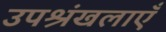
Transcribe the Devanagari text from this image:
उपश्रंखलाएँ